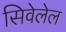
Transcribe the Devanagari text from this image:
सिवेलेल